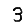
Digit: 3